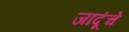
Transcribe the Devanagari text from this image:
जादूंचे